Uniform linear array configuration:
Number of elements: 16
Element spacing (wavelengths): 0.75
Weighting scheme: hann
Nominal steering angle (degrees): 0
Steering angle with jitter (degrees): -1.915
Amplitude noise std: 0.05
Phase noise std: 0.05

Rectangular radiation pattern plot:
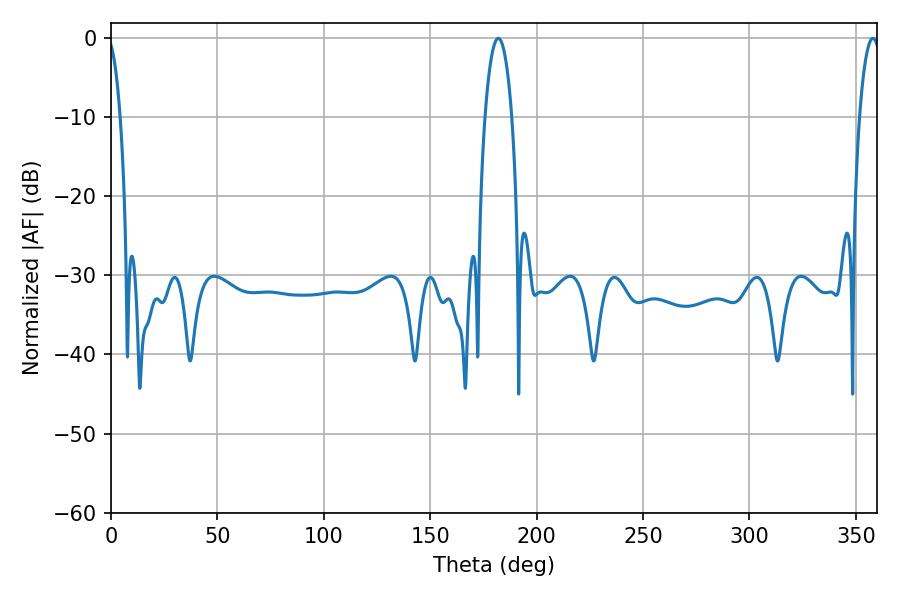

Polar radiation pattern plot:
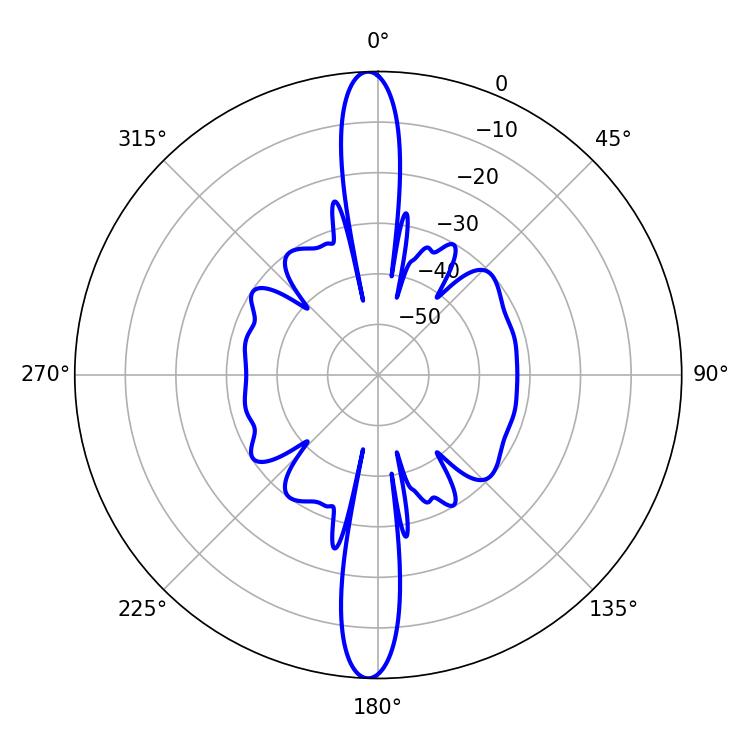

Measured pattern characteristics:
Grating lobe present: TRUE
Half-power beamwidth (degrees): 7.2
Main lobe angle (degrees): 181.98